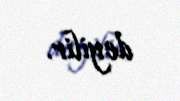
deyilir.